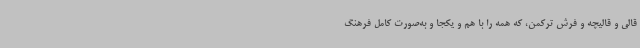
قالی و قالیچه و فرش ترکمن، که همه را با هم و یکجا و به‌صورت کامل فرهنگ